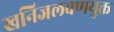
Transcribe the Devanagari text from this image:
खनिजलवणयुक्त